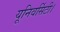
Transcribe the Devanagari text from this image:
यूनिवर्सिटी।